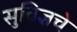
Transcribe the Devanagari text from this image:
सुविज्ञचे